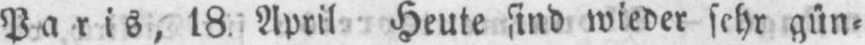
Paris, 18 April Heute sind wieder sehr gün⸗